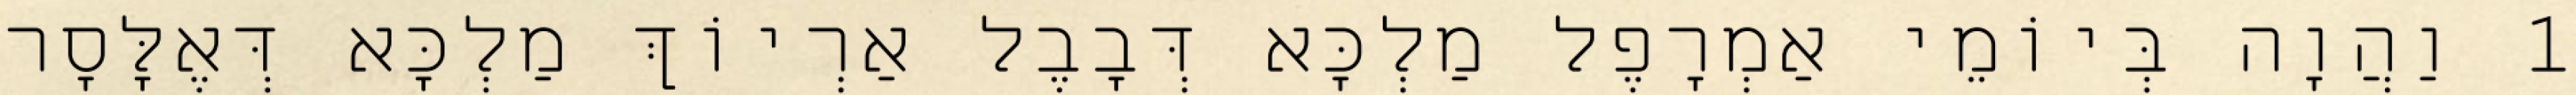
1 וַהֲוָה בְּיוֹמֵי אַמְרָפֶל מַלְכָּא דְּבָבֶל אַרְיוֹךְ מַלְכָּא דְּאֶלָּסָר